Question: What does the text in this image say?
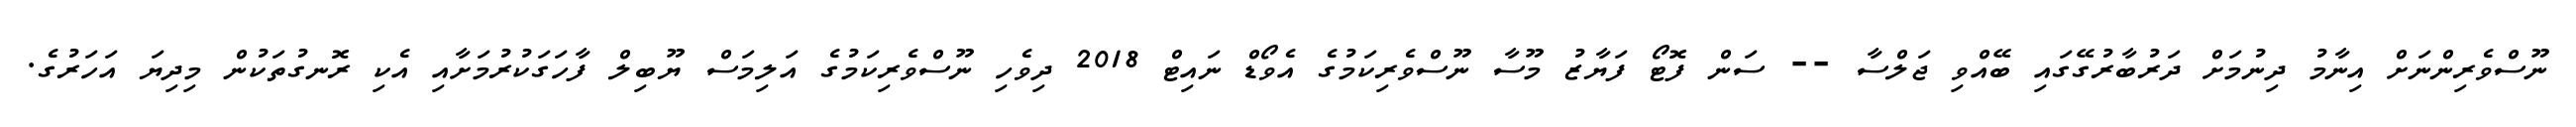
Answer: ނޫސްވެރިންނަށް އިނާމު ދިނުމަށް ދަރުބާރުގޭގައި ބޭއްވި ޖަލްސާ -- ސަން ފޮޓޯ ފަޔާޒު މޫސާ ނޫސްވެރިކަމުގެ އެވޯޑް ނައިޓް 2018 ދިވެހި ނޫސްވެރިކަމުގެ އަލިމަސް ޔޫބިލް ފާހަގަކުރުމަށާއި އެކި ރޮނގުތަކުން މިދިޔަ އަހަރުގެ.